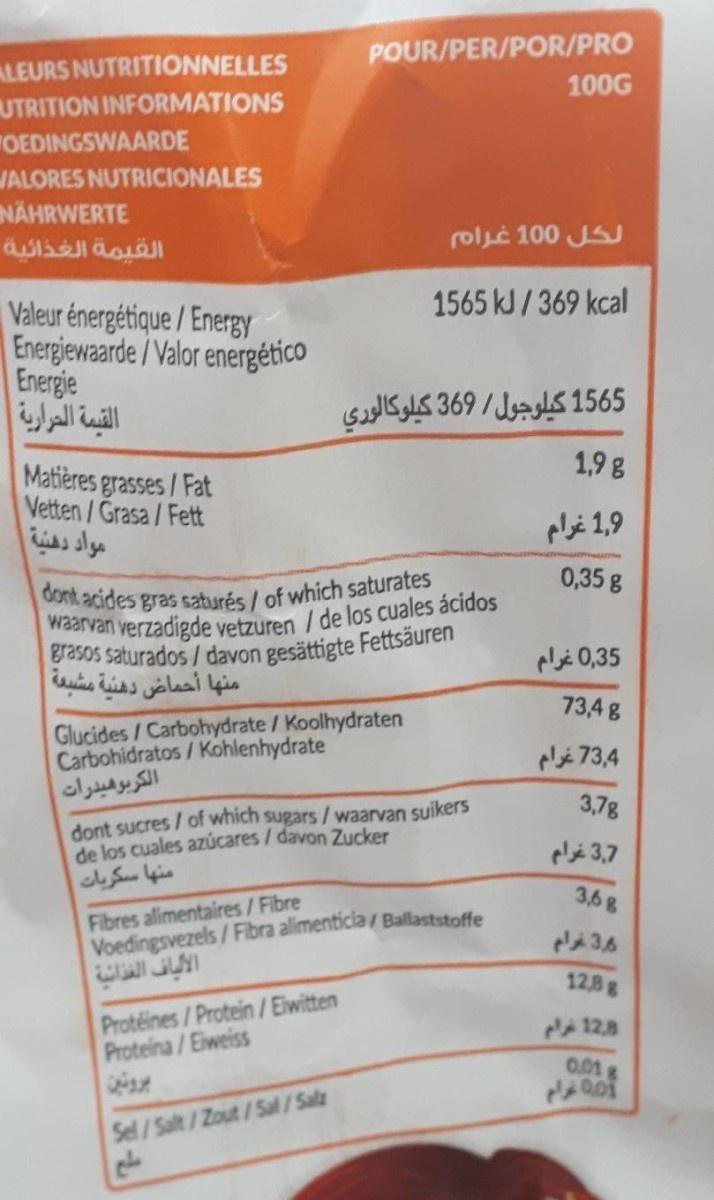
POUR/PER/POR/PRO 100G
ALEURS NUTRITIONNELLES UTRITION INFORMATIONS "OEDINGSWAARDE JALORES NUTRICIONALES NÄHRWERTE القيمة الغذائية
لكل 0 10 غرام
1565 kJ/369 kcal
Valeur énergétique /Energy Energiewaarde/Valor energético Energie القيمة المرارية
1565 كيلوجول / 369 كيلوكالوري
1,9g
Matières grasses/Fat Vetten/Grasa/Fett مواد دهنية
1,9 غرام
0,35 g
dont acides gras saturés/ of which saturates waarvan verzadigde vetzuren / de los cuales ácidos grasos saturados/ davon gesättigte Fettsäuren منها أحماض دهنية مشبعة
0,35 غرام
73,4 g
Glucides/Carbohydrate / Koolhydraten Carbohidratos/Kohlenhydrate الكربوهیدرات
pé 73,4
3,7g
dont sucres/ of which sugars/ waarvan suikers de los cuales azúcares / davon Zucker منها سكريات
plé 3,7
3,6g
Fibres alimentaires/Fibre Voedingsvezels/Fibra alimenticia/ Ballaststoffe
12,8g
Protéines/Protein/ Eiwitten Proteina/Eiweiss
128
0.01
Sel/Salt/Zout/Sal/Salz